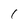
Character: 1